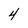
Character: 4